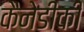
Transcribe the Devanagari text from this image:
कैनेडीकी